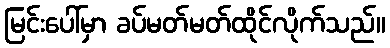
မြင်းပေါ်မှာ ခပ်မတ်မတ်ထိုင်လိုက်သည်။